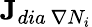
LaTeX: \textbf{J}_{dia\ \nabla N_{i}}